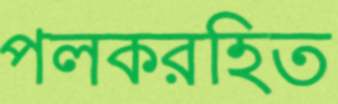
পলকরহিত